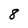
Character: 8